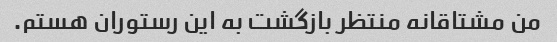
من مشتاقانه منتظر بازگشت به این رستوران هستم.